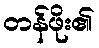
တန်ဖိုး၏